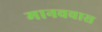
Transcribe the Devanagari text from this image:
मानववास